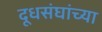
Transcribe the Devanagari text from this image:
दूधसंघांच्या